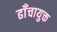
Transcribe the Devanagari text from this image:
ढाँचायुक्त